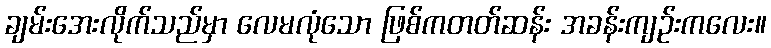
ချမ်းအေးလိုက်သည်မှာ လေမလုံသော ဖြစ်ကတတ်ဆန်း အခန်းကျဉ်းကလေး။